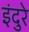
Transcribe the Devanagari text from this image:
इंदुरे